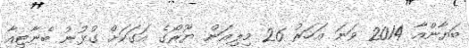
ބަޔާންއާ 2014 ވަނަ އަހަރު 26 މިލިއަން ޔޫރޯގެ އަގަކަށް ގުޅުނު ބެނާޓިއާ